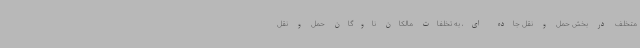
متخلف در بخش حمل و نقل جاده ای، به تخلفات مالکان ناوگان حمل و نقل